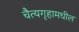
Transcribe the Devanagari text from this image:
चैत्यगृहामधील